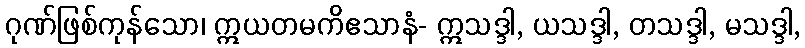
ဂုဏ်ဖြစ်ကုန်သော၊ ဣယတမကိဧသာနံ- ဣသဒ္ဒါ, ယသဒ္ဒါ, တသဒ္ဒါ, မသဒ္ဒါ,